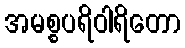
အမစ္စပရိဝါရိတော